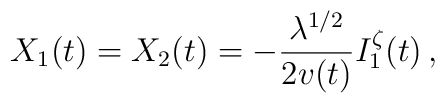
X_1(t)=X_2(t)=-\frac{\lambda^{1/2}}{2v(t)}I^{\zeta}_1(t)\,,